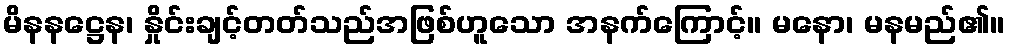
မိနနဋ္ဌေန၊ နှိုင်းချင့်တတ်သည်အဖြစ်ဟူသော အနက်ကြောင့်။ မနော၊ မနမည်၏။